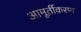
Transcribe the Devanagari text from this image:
आमूर्तीकरण